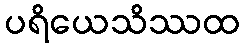
ပရိယေသိဿထ